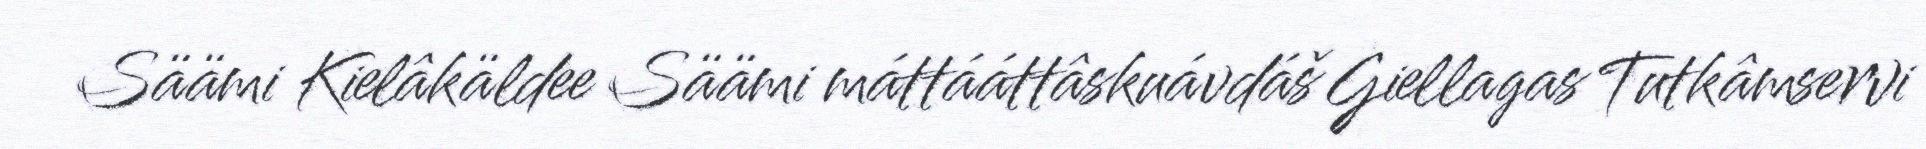
Säämi Kielâkäldee Säämi máttááttâskuávdáš Giellagas Tutkâmservi